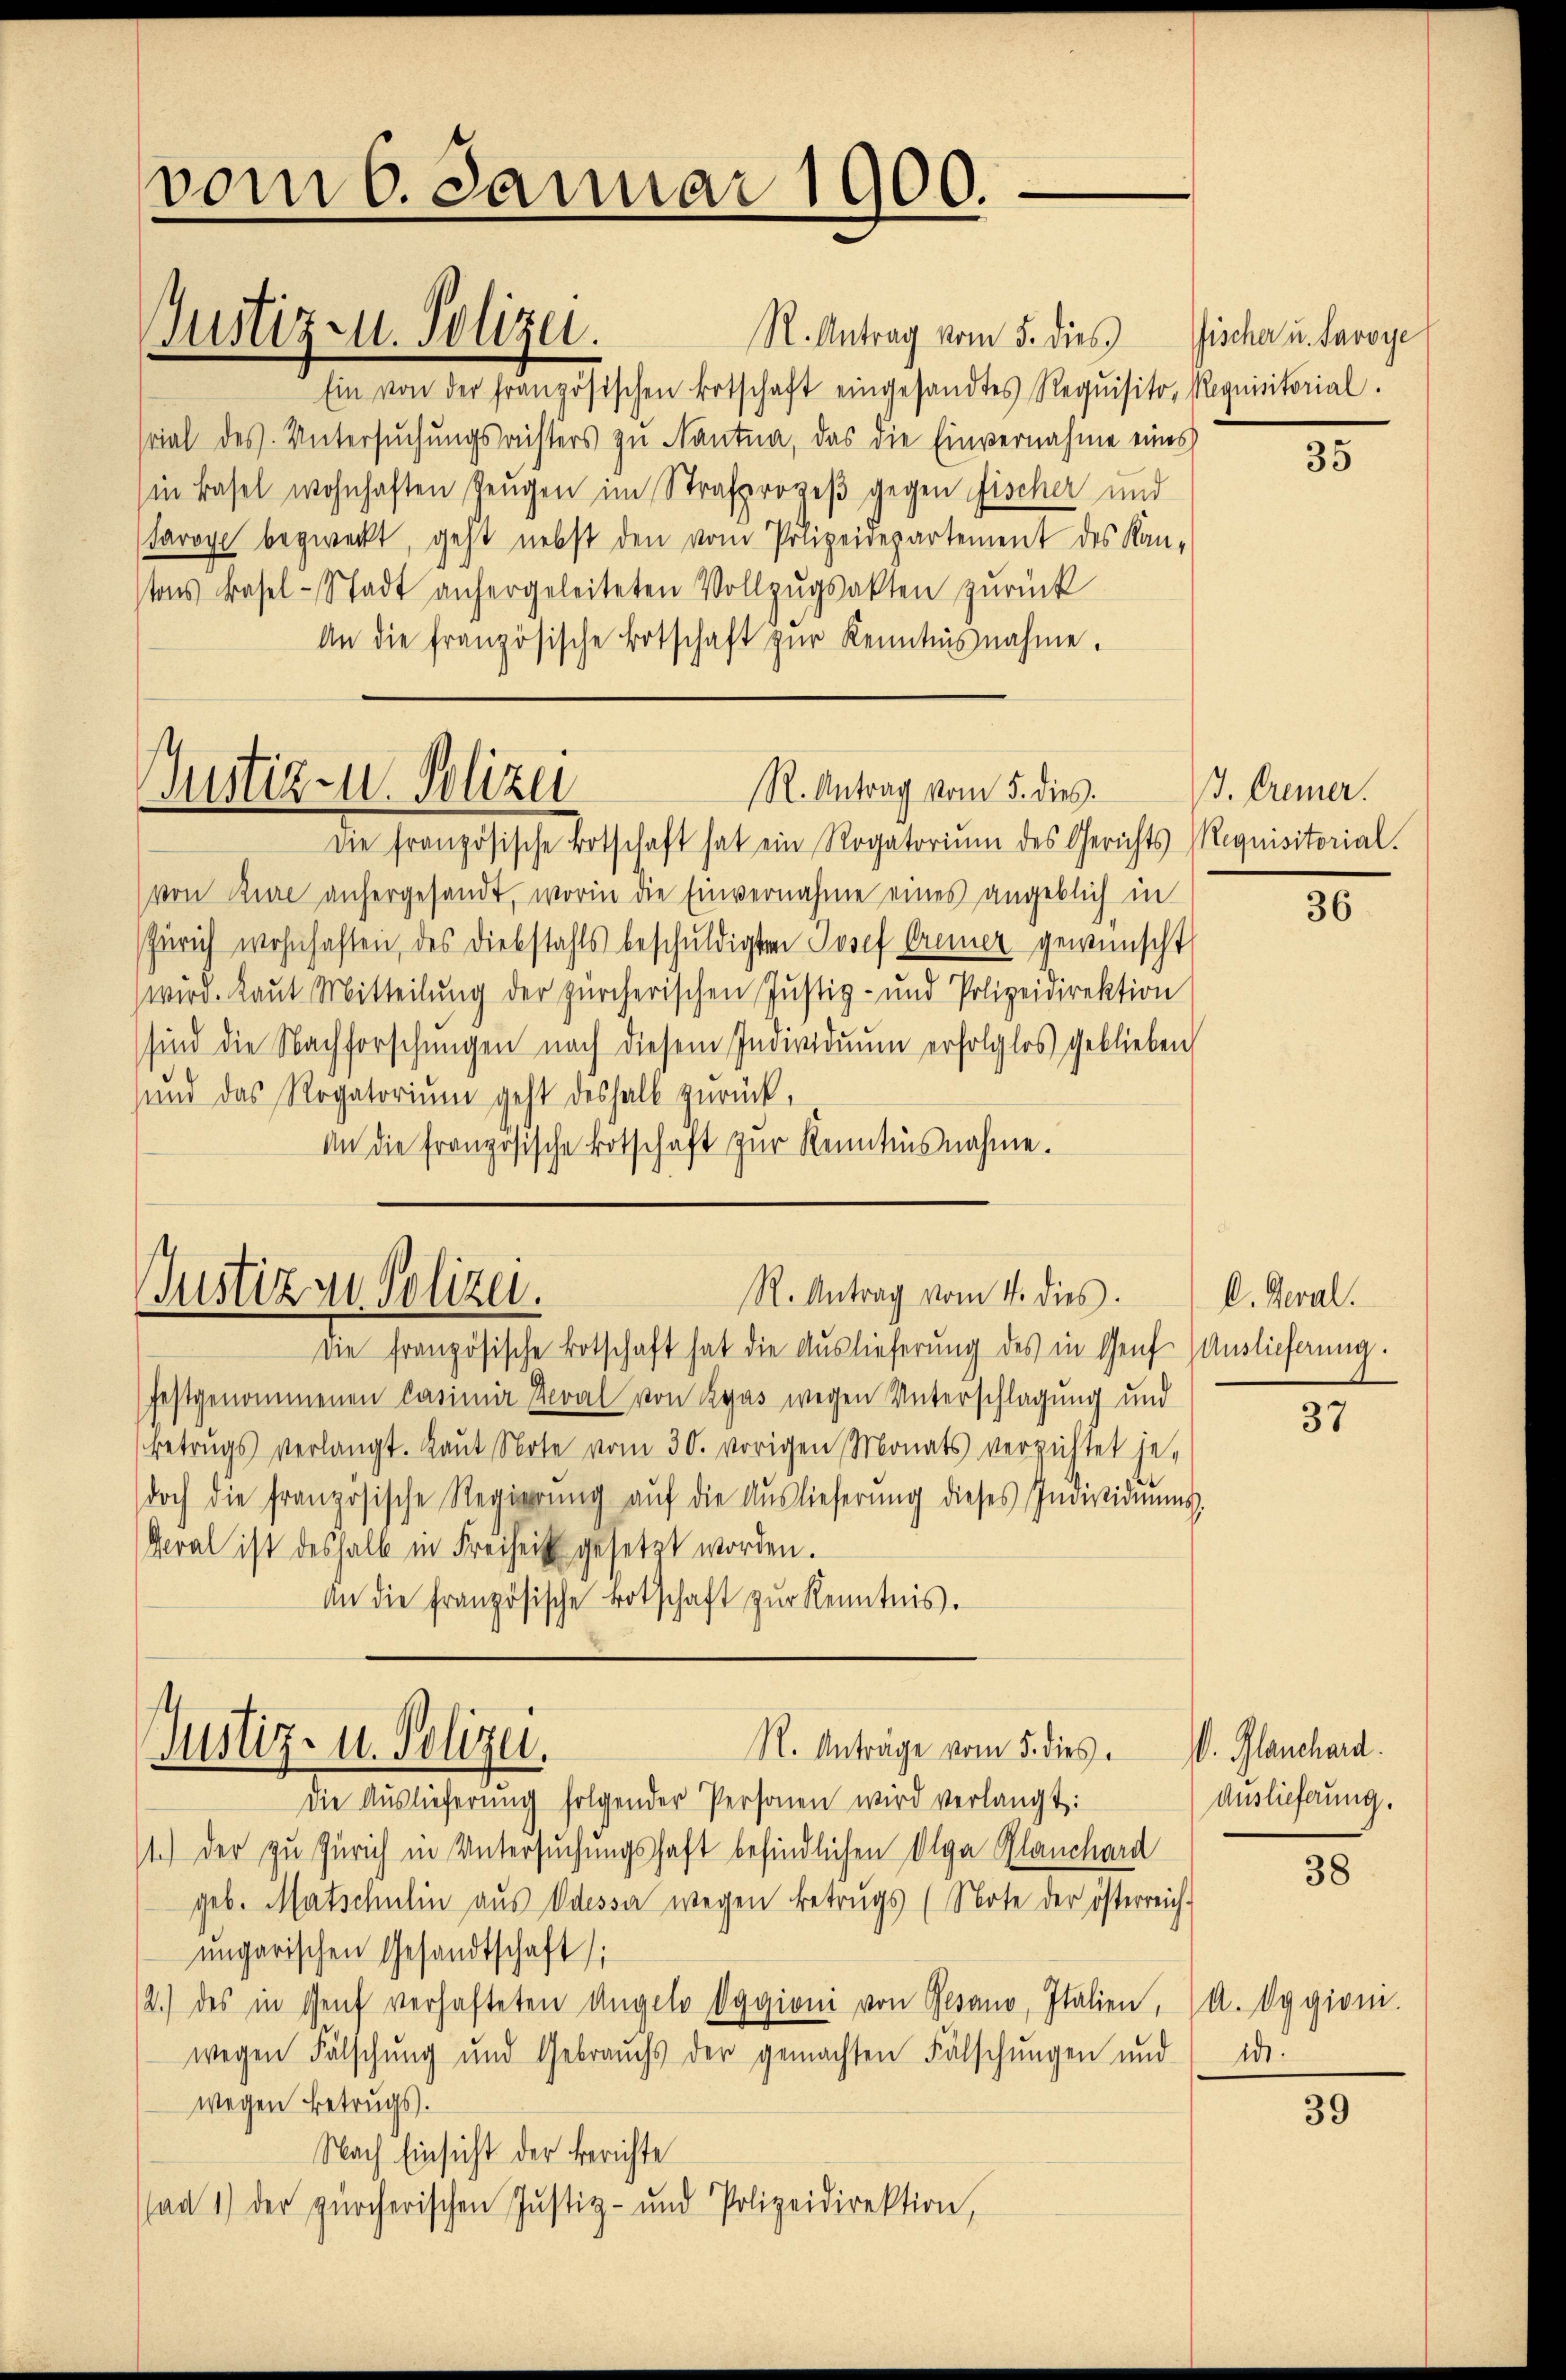
vom 6. Januar 1900.

R. Antrag vom 5. dies Fischer u. Savoye
Ein von der französischen Botschaft eingesandtes Requisito, Requisitorial.
srial des Untersŭchŭngsresters zu Nantna, das die Einvernahme eines
in Basel wohnhaften Zeugen im Strafprozeß gegen Fischer und
Farope bezweckt, geht nebst den vom Polizeidepartement des Kan-
tons Basel-Stadt anhergeleiteten Vollzŭgsakten zurück
An die französische Botschaft zŭr Kenntnisnahme.
Justiz- u. Polizei
R. Antrag vom 5. dies
Die französische Botschaft hat ein Rogatorium des Gerichts Requisitorial.
von Zure anhergesandt, worin die Einvernahme eines angeblich in
Zürich wohnhaften, des Diebstahls beschuldigten Josef Brenner gewünscht
wird. Raut Mitteilung der zürcherischen Justiz- und Polizeidirektion
sind die Nachforschungen nach diesem Individuum erfolglos geblieben
sund das Rogatorium geht deshalb zurück,
An die französische Botschaft zur Kenntnisnahme.

Justiz u. Polizei.

R. Antrag vom 4. dies
Justiz zu Polizei.

Justiz- u. Polizei.

R. Anträge vom 5. dies

Die französische Botschaft hat die Auslieferung des in Genf (Auslieferung.
festgenommenen Casimir Veral von Ryas wegen Unterschlagung und
betrugs verlangt. Laŭt Note vom 30. vorigen Monats verzichtet je-
doch die französische Regierŭng aŭf die Aŭslieferŭng dieses Individiŭms-
Veral ist deshalb in Freiheit gesetzt worden.
An die französische Botschaft zŭr Kenntnis.

Die Auslieferung folgender Personen wird verlangt:
11.) Der zu Zürich in Untersuchungshaft befindlichen Olga Planchard
geb. Matschulin aŭs Odessa wegen Betrugs (Note der österreich-
ungarischen Gesandtschaft;
12.) des in Genf verhafteten Angelo Oggioni von Gesano, Italien, (A. Oggioni.
wegen Fälschung und Gebrauchs der gemachten Fälschungen und
wegen Betrugs.
Nach Einsicht der Berichte
ad 1) der zürcherischen Justiz- und Polizeidirektion,

35

J. Cremer.

36

D. Geral.

37

V. Planchard.
Auslieferung.

38

1de

39